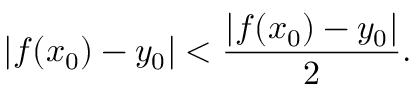
| f ( x _ { 0 } ) - y _ { 0 } | < { \frac { | f ( x _ { 0 } ) - y _ { 0 } | } { 2 } } .